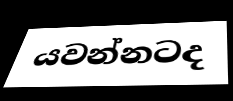
යවන්නටද